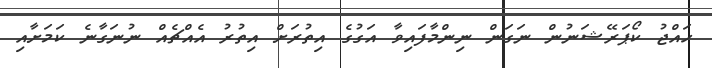
ހައްޖު ކޯޕަރޭޝަނުން ނަގަން ނިންމާފައިވާ އަގުގެ އިތުރަށް އިތުރު އެއްޗެއް ނުނަގާނެ ކަމަށާއި